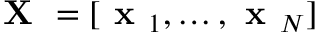
\textbf { X } = [ \textbf { x } _ { 1 } , \dots , \textbf { x } _ { N } ]